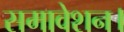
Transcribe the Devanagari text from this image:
समावेशन।